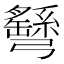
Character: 𢑂